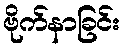
ဗိုက်နာခြင်း